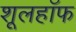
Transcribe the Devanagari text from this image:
शूलहॉफ